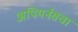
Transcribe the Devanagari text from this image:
अपियर्नसचा